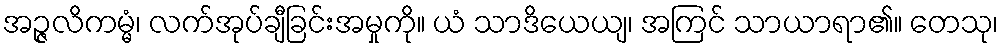
အဉ္ဇလိကမ္မံ၊ လက်အုပ်ချီခြင်းအမှုကို။ ယံ သာဒိယေယျ၊ အကြင် သာယာရာ၏။ တေသု၊